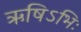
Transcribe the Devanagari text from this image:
ऋषिऽभिः